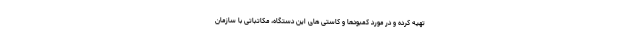
تهیه کرده و در مورد کمبودها و کاستی های این دستگاه، مکاتباتی با سازمان